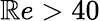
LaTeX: \mathbb{R}e>40